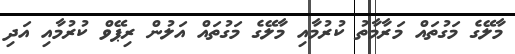
މާލޭގެ މަގުތައް މަރާމާތު ކުރުމާއި މާލޭގެ މަގުތައް އަލުން ރިޕޭވް ކުރުމާއި އަދި